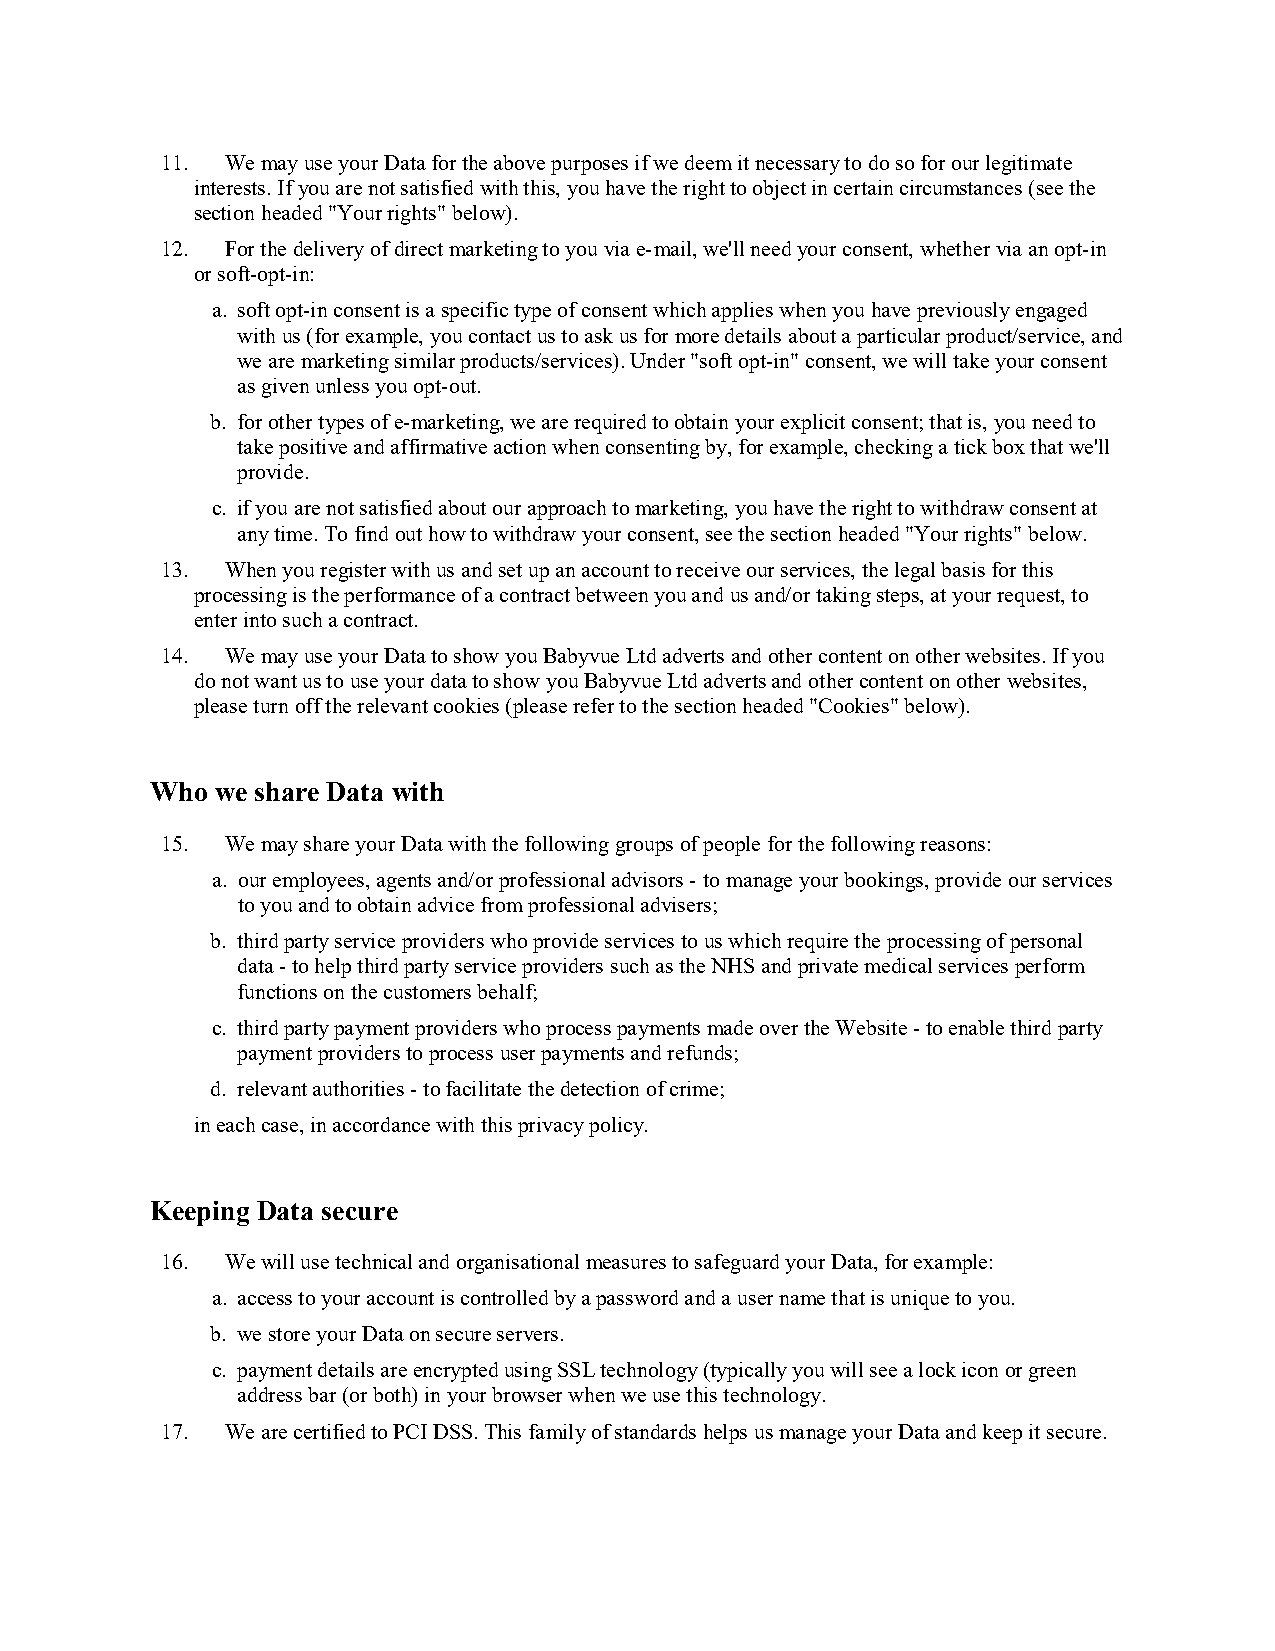
11. We may use your Data for the above purposes if we deem it necessary to do so for our legitimate
 interests. If you are not satisfied with this, you have the right to object in certain circumstances (see the
 section headed "Your rights" below).
 12. For the delivery of direct marketing to you via e-mail, we'll need your consent, whether via an opt-in
 or soft-opt-in:
 a. soft opt-in consent is a specific type of consent which applies when you have previously engaged
 with us (for example, you contact us to ask us for more details about a particular product/service, and
 we are marketing similar products/services). Under "soft opt-in" consent, we will take your consent
 as given unless you opt-out.
 b. for other types of e-marketing, we are required to obtain your explicit consent; that is, you need to
 take positive and affirmative action when consenting by, for example, checking a tick box that we'll
 provide.
 c. if you are not satisfied about our approach to marketing, you have the right to withdraw consent at
 any time. To find out how to withdraw your consent, see the section headed "Your rights" below.
 13. When you register with us and set up an account to receive our services, the legal basis for this
 processing is the performance of a contract between you and us and/or taking steps, at your request, to
 enter into such a contract.
 14. We may use your Data to show you Babyvue Ltd adverts and other content on other websites. If you
 do not want us to use your data to show you Babyvue Ltd adverts and other content on other websites,
 please turn off the relevant cookies (please refer to the section headed "Cookies" below).
 Who we share Data with
 15. We may share your Data with the following groups of people for the following reasons:
 a. our employees, agents and/or professional advisors - to manage your bookings, provide our services
 to you and to obtain advice from professional advisers;
 b. third party service providers who provide services to us which require the processing of personal
 data - to help third party service providers such as the NHS and private medical services perform
 functions on the customers behalf;
 c. third party payment providers who process payments made over the Website - to enable third party
 payment providers to process user payments and refunds;
 d. relevant authorities - to facilitate the detection of crime;
 in each case, in accordance with this privacy policy.
 Keeping Data secure
 16. We will use technical and organisational measures to safeguard your Data, for example:
 a. access to your account is controlled by a password and a user name that is unique to you.
 b. we store your Data on secure servers.
 c. payment details are encrypted using SSL technology (typically you will see a lock icon or green
 address bar (or both) in your browser when we use this technology.
 17. We are certified to PCI DSS. This family of standards helps us manage your Data and keep it secure.